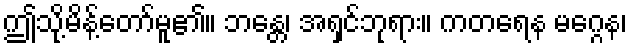
ဤသို့မိန့်တော်မူ၏။ ဘန္တေ၊ အရှင်ဘုရား။ ကတရေန မဂ္ဂေန၊